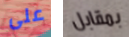
على بمقابل